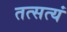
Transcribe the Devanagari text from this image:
तत्सत्यं